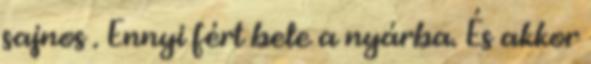
sajnos . Ennyi fért bele a nyárba. És akkor